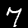
Digit: 7